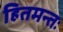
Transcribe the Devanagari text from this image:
हितमन्तः